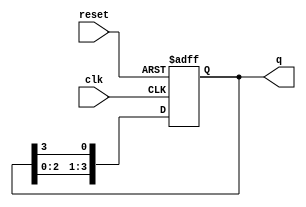
module ring_counter (
    input wire clk,      // Clock input
    input wire reset,    // Reset input
    output reg [3:0] q   // 4-bit output representing the state of the ring counter
);

// Initial state for the Ring Counter
initial begin
    q = 4'b1000; // Set initial state to 1000
end

// Sequential logic for the Ring Counter
always @(posedge clk or posedge reset) begin
    if (reset) begin
        q <= 4'b1000; // Reset to initial state
    end else begin
        q <= {q[2:0], q[3]}; // Shift right: Connect last flip-flop output to first flip-flop input
    end
end

endmodule